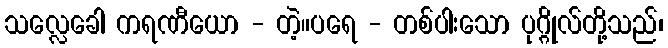
သလ္လေခေါ ကရဏီယော - တဲ့။ပရေ - တစ်ပါးသော ပုဂ္ဂိုလ်တို့သည်၊